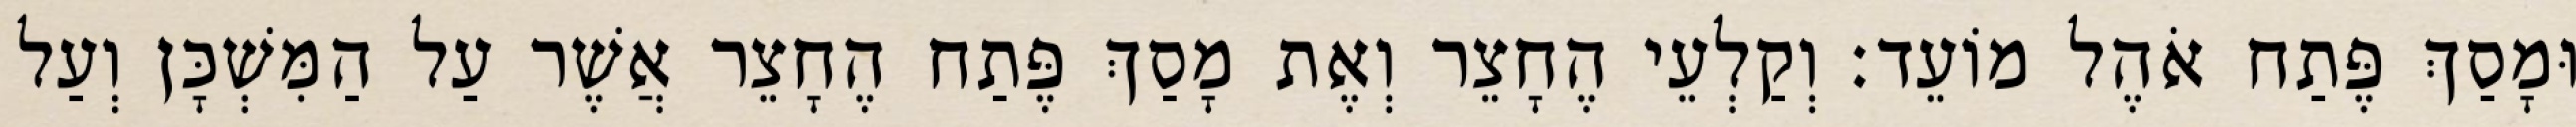
וּמָסַךְ פֶּתַח אֹהֶל מוֹעֵד׃ וְקַלְעֵי הֶחָצֵר וְאֶת מָסַךְ פֶּתַח הֶחָצֵר אֲשֶׁר עַל הַמִּשְׁכָּן וְעַל